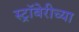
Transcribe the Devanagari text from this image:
स्ट्रॉबेरीच्या